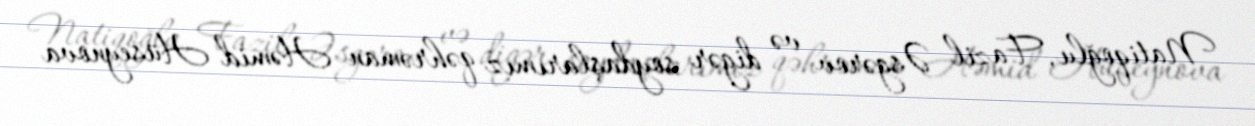
Natiqoğlu, Fazil Əsgərov və digər soydaşlarımız qəhrəman Həmid Hüseynova